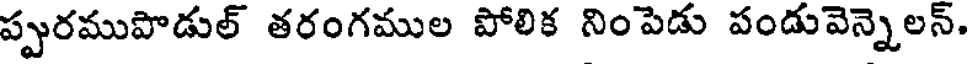
ప్పురముపొడుల్ తరంగముల పోలిక నింపెడు పండువెన్నెలన్.